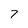
Character: 7